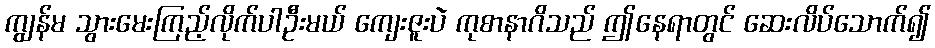
ကျွန်မ သွားမေးကြည့်လိုက်ပါဦးမယ် ကျေးဇူးပဲ ကုစာနာဂိသည် ဤနေရာတွင် ဆေးလိပ်သောက်၍